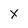
Character: x